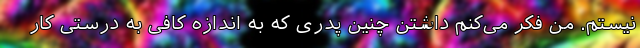
نیستم. من فکر می‌کنم داشتن چنین پدری که به اندازه کافی به درستی کارِ